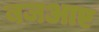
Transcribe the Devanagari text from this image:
बजआए